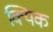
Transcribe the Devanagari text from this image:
क्यिक